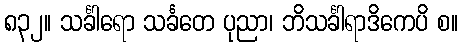
၈၃၂။ သင်္ခါရော သင်္ခတေ ပုညာ၊ ဘိသင်္ခါရာဒိကေပိ စ။